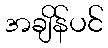
အချိန်ပင်